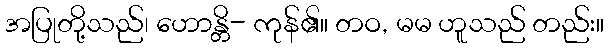
အပြုတို့သည်၊ ဟောန္တိ- ကုန်၏။ တဝ, မမ ဟူသည် တည်း။